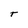
Character: T